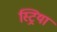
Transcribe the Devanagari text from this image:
स्ट्रिया